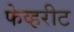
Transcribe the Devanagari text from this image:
फेव्हरीट